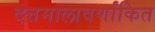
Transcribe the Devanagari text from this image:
दत्तमालावर्णांकित